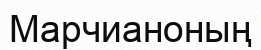
Марчианоның